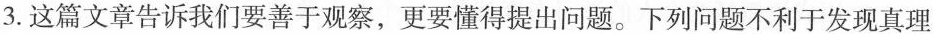
3.这篇文章告诉我们要善于观察，更要懂得提出问题。下列问题不利于发现真理